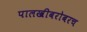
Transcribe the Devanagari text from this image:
पालखीबरोबरच